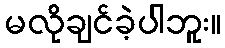
မလိုချင်ခဲ့ပါဘူး။